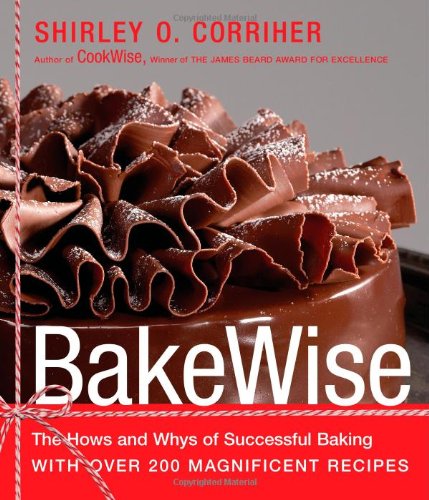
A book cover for BakeWise: The Hows and Whys of Successful Baking with Over 200 Magnificent Recipes; Shirley O. Corriher; Cookbooks, Food & Wine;